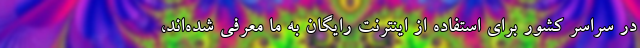
در سراسر کشور برای استفاده از اینترنت رایگان به ما معرفی شده‌اند،